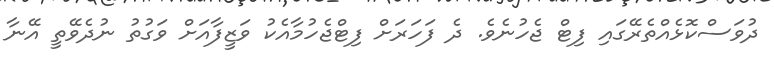
ދުވަސްކޮޅެއްތެރޭގައި ފިޓް ޖެހުނެވެ. ދެ ފަހަރަށް ފިޓްޖެހުމާއެކު ވަޒީފާއަށް ވަގުތު ނުދެވޭތީ އޭނާ